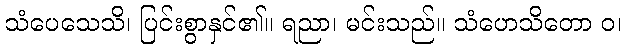
သံပေသေသိ၊ ပြင်းစွာနှင်၏။ ရညာ၊ မင်းသည်။ သံဟေသိတော ဝ၊